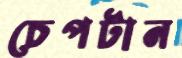
চেপটান